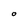
Character: O